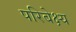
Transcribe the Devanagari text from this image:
परिबेक्ष्य